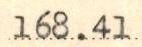
168.41